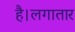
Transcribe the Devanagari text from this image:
है।लगातार